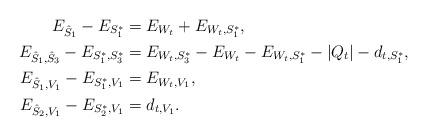
LaTeX: \begin{align*}E_{\hat{S}_1}-E_{S_1^*}&=E_{W_t}+E_{W_t,S_1^*} ,\\E_{\hat{S}_1,\hat{S}_3}-E_{S_1^*,S_3^*}& =E_{W_t,S_3^*}-E_{W_t}-E_{W_t,S_1^*}-{|Q_t|}-d_{t,S_1^*},\\E_{\hat{S}_1,V_1}-E_{S_1^*,V_1}&=E_{W_t,V_1},\\E_{\hat{S}_2,V_1}-E_{S_2^*,V_1}&=d_{t,V_1}.\end{align*}